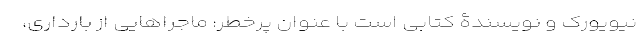
نیویورک و نویسندۀ کتابی است با عنوان پرخطر: ماجراهایی از بارداری،